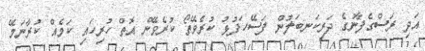
އަދި ރަސްގެފާނުގެ ދަރިކަނބަލުން ފަސޭހަފުޅު ކުރެވޭތޯ ކުރެވޭން އޮތް ހުރިހައި ކަމެއް ކުރާނަމޭ